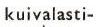
kuivalasti-